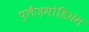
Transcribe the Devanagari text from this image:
प्लैज़मोडियम